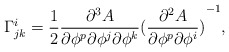
\begin{align*}\Gamma^i_{jk}= \frac{1}{2}\frac{\partial^3 A}{\partial \phi^p \partial \phi^j \partial \phi^k}{(\frac{\partial^2 A}{\partial \phi^p \partial \phi^i})}^{-1} ,\end{align*}